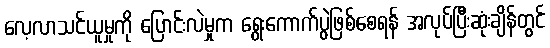
လေ့လာသင်ယူမှုကို ပြောင်းလဲမှုက ရွေးကောက်ပွဲဖြစ်စေရန် အလုပ်ပြီးဆုံးချိန်တွင်